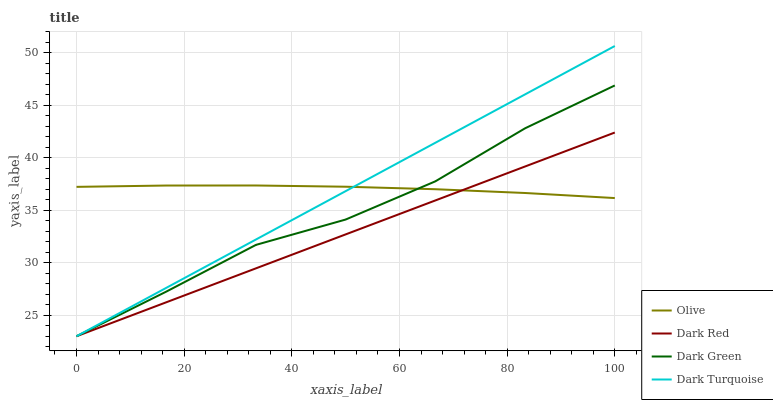
| xaxis_label | Olive | Dark Red | Dark Green | Dark Turquoise |
 | --- | --- | --- | --- | --- |
 | 0 | 37.2 | 23 | 23 | 23 |
 | 16.7 | 37.3 | 26.2 | 27.2 | 27.6 |
 | 33.3 | 37.3 | 29.5 | 31.7 | 32.2 |
 | 50 | 37.2 | 32.7 | 34.1 | 36.8 |
 | 66.7 | 37 | 35.9 | 37.7 | 41.4 |
 | 83.3 | 36.6 | 39.2 | 42.8 | 46 |
 | 100 | 36.1 | 42.4 | 46.9 | 50.6 |